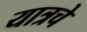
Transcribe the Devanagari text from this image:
यात्रचे